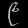
Digit: ၉